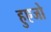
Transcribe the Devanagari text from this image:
हुएजो